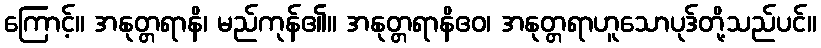
ကြောင့်။ အနုတ္တရာနိ၊ မည်ကုန်၏။ အနုတ္တရာနိဧဝ၊ အနုတ္တရာဟူသောပုဒ်တို့သည်ပင်။